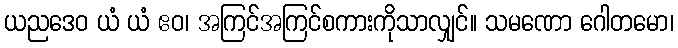
ယညဒေဝ ယံ ယံ ဧဝ၊ အကြင်အကြင်စကားကိုသာလျှင်။ သမဏော ဂေါတမော၊